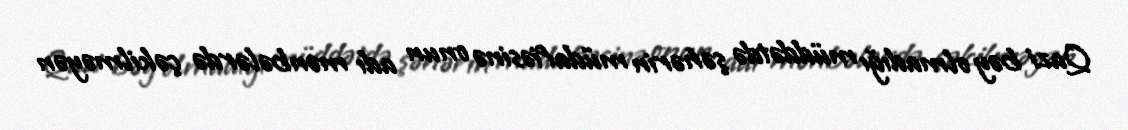
Qazi bəy olmadığı müddətdə şəhərin müdafiəsinə onun adı mənbələrdə çəkilməyən